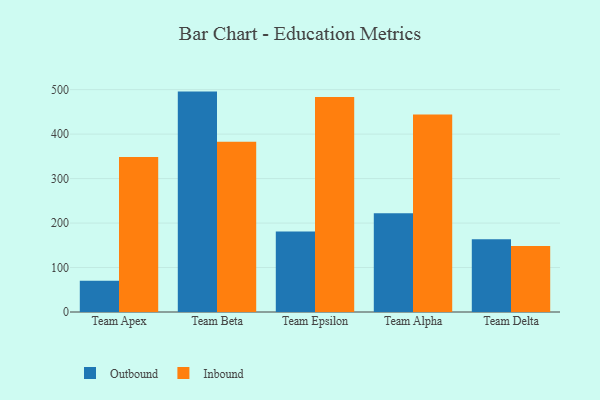
{"axis": {"x": "Team", "y": "Population (Million)"}, "legend": ["Inbound", "Outbound"], "data": [{"x": "Team Apex", "y": 70.2, "type": "Outbound"}, {"x": "Team Apex", "y": 348.4, "type": "Inbound"}, {"x": "Team Beta", "y": 495.6, "type": "Outbound"}, {"x": "Team Beta", "y": 382.7, "type": "Inbound"}, {"x": "Team Epsilon", "y": 180.9, "type": "Outbound"}, {"x": "Team Epsilon", "y": 483.3, "type": "Inbound"}, {"x": "Team Alpha", "y": 221.8, "type": "Outbound"}, {"x": "Team Alpha", "y": 444.2, "type": "Inbound"}, {"x": "Team Delta", "y": 163.4, "type": "Outbound"}, {"x": "Team Delta", "y": 148.5, "type": "Inbound"}]}